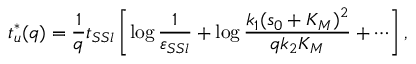
t _ { u } ^ { * } ( q ) = \frac 1 q t _ { S S l } \left[ \log \frac { 1 } { \varepsilon _ { S S l } } + \log \frac { k _ { 1 } ( s _ { 0 } + K _ { M } ) ^ { 2 } } { q k _ { 2 } K _ { M } } + \cdots \right] ,